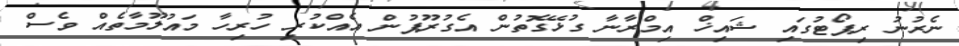
ނެރުނު ރިޕޯޓުގައި ޝައިޚް އިމްރާނާ ގުޅޭގޮތުން އެގުރޫޕުން އެއްކުރި ހުރިހާ މައުލޫމާތެއް ވެސް